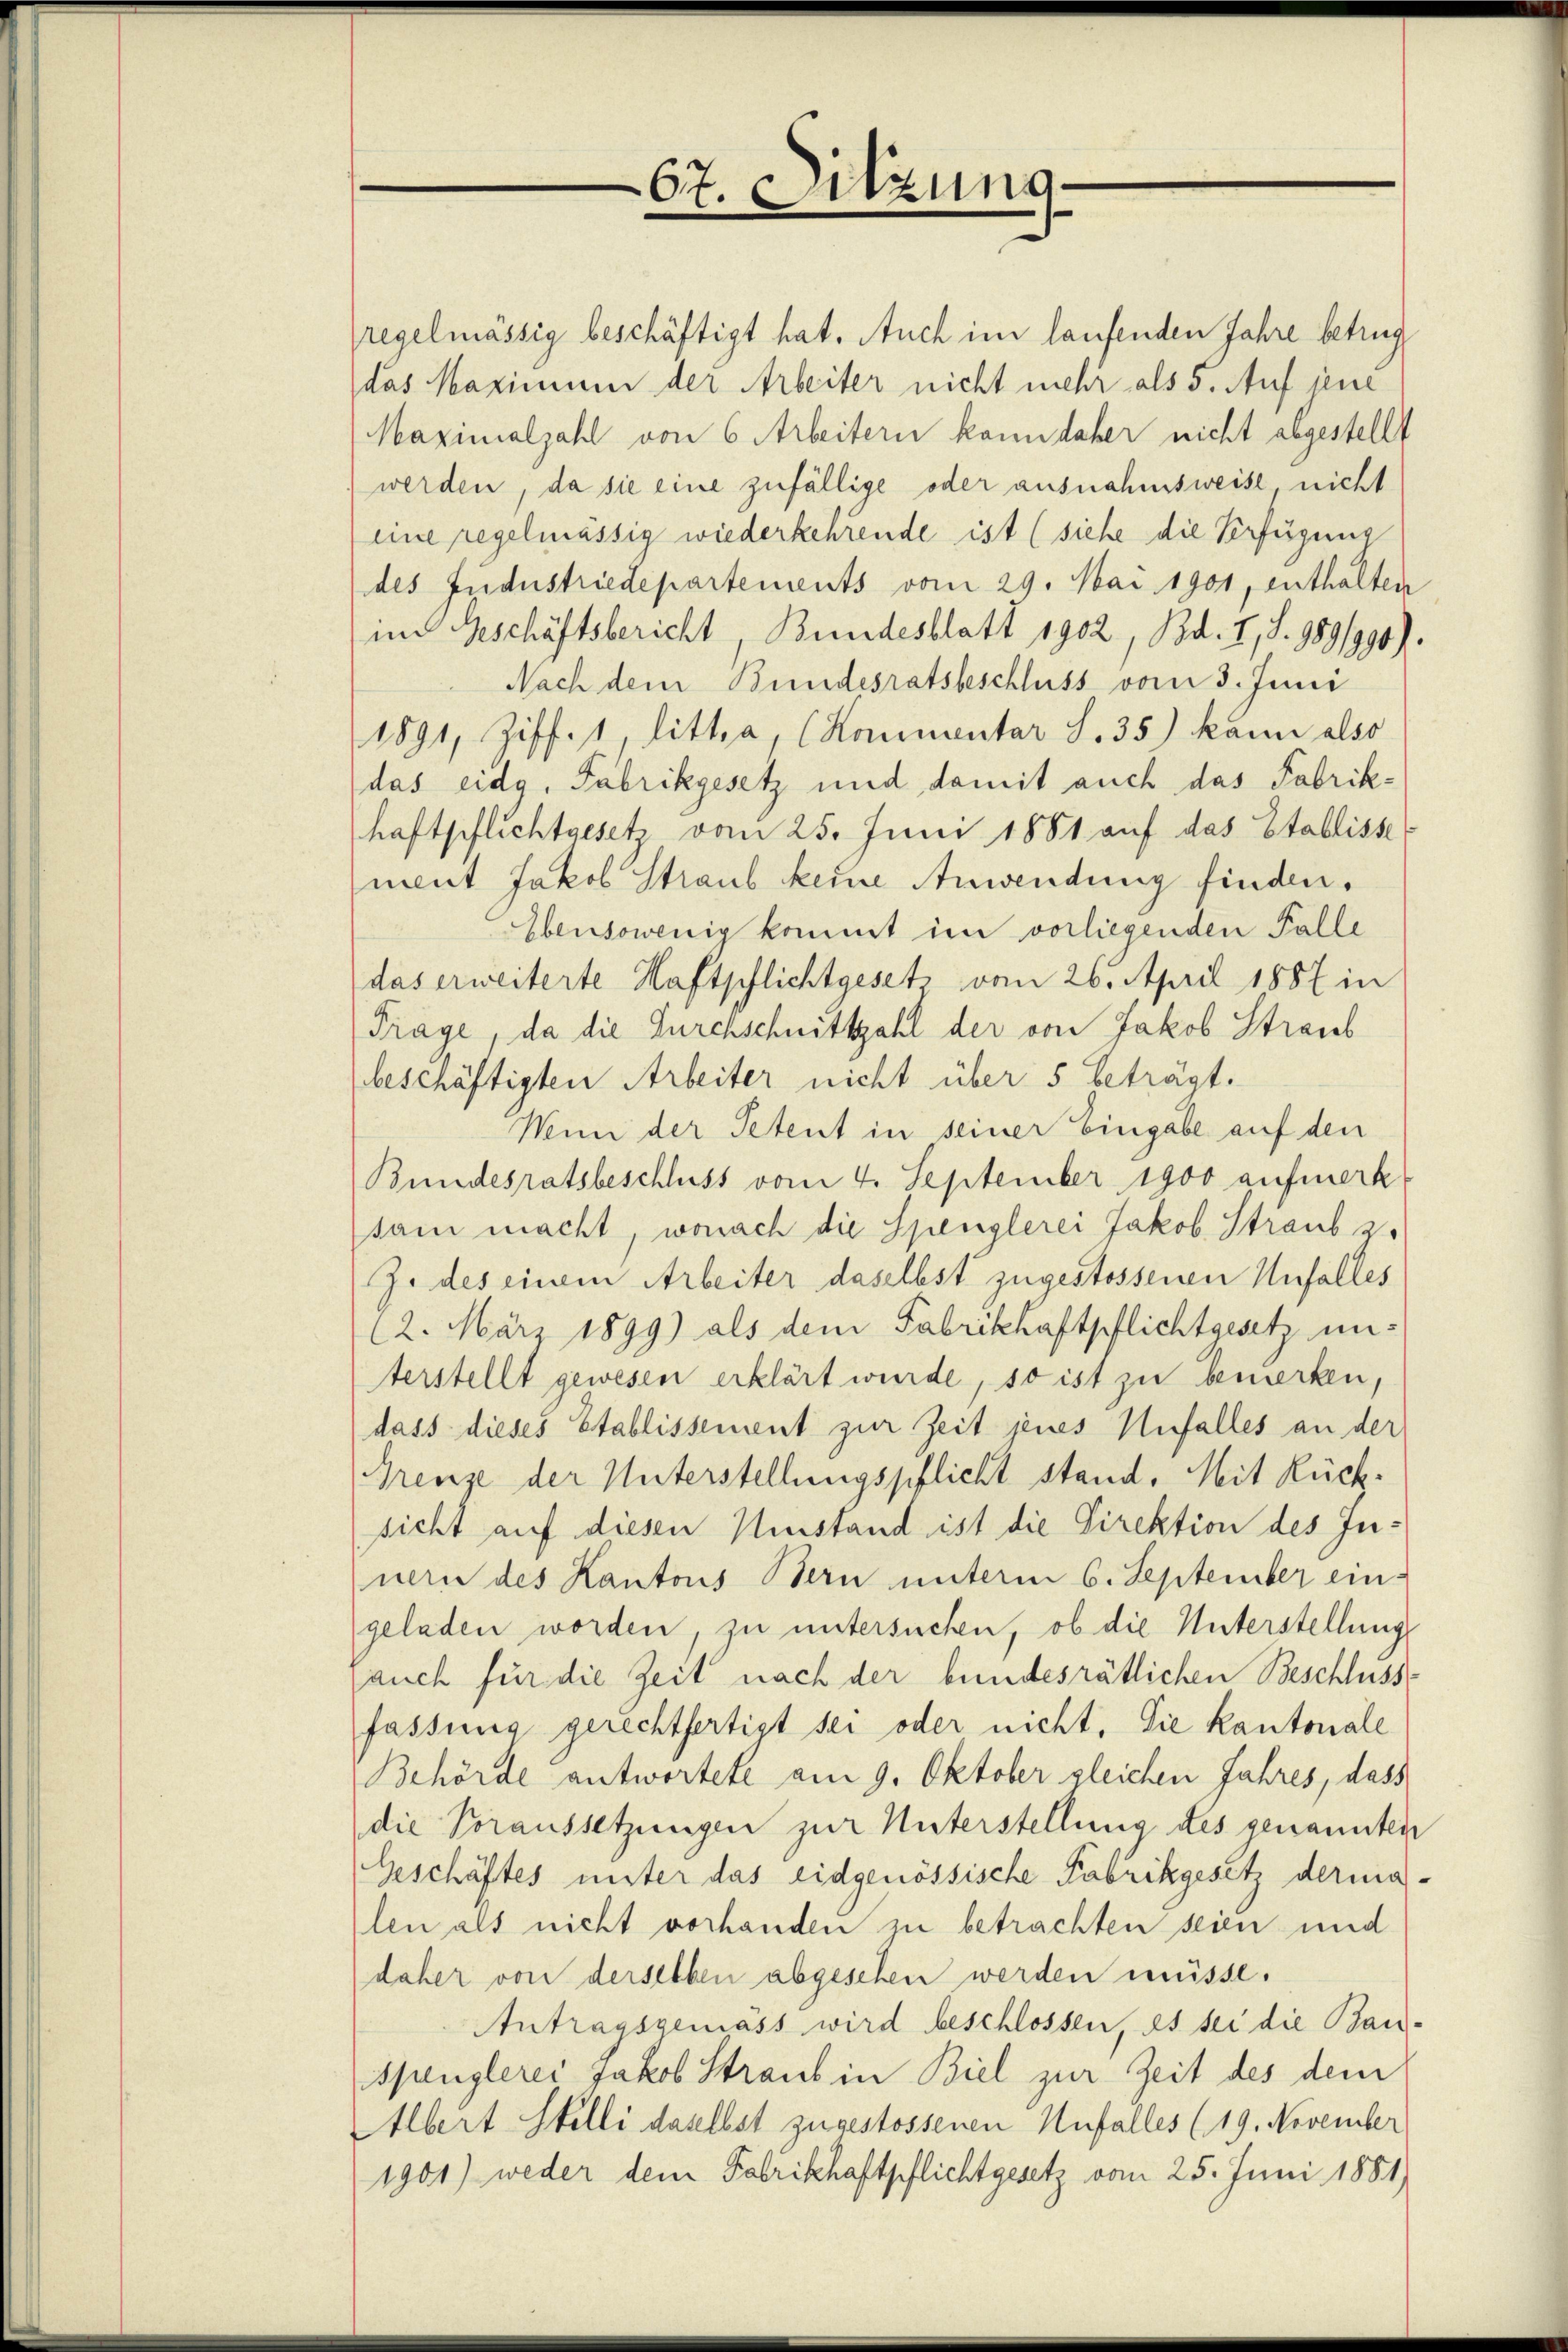
regelmässig beschäftigt hat. Auch im laufenden Jahre betrug
das Maximum der Arbeiter nicht mehr als 5. Auf jene
Maximalzahl von 6 Arbeitern kann daher nicht abgestellt
werden, da sie eine zufällige oder ausnahmsweise, nicht
eine regelmässig wiederkehrende ist (siehe die Verfügung
des Jndustriedepartements vom 29. Mai 1901, enthalten
im Geschäftsbericht, Bundesblatt 1902, Bd. I, S. 1891990).
Nach dem Bundesratsbeschluss vom 3. Juni
1891, Ziff. 1, litt. a, (Kommentar S. 35) kann also
das eidg. Fabrikgesetz und damit auch das Fabrikhaftpflichtgesetz vom 25. Juni 1881 auf das Etablisse
ment Jakob Straub keine Anwendung finden.
Ebensowenig kommt im vorliegenden Falle
das erweiterte Haftpflichtgesetz vom 26. April 1887 in
Frage, da die Durchschnittzahl der von Jakob Straub
beschäftigten Arbeiter nicht über 5 beträgt.
Wun der Petent in seiner Eingabe auf den
Bundesratsbeschluss vom 4. September 1900 aufmerk
sam macht, wonach die Spenglerei Jakob Straub z
J. des einem Arbeiter daselbst zugestossenen Unfalles
(2. März 1899) als dem Fabrikhaftpflichtgesetz unterstellt gewesen erklärt wurde, so ist zu bemerken,
dass dieses Etablissement zur Zeit jenes Unfalles an der
Grenze der Unterstellungspflicht stand. Mit Rücksicht auf diesen Umstand ist die Direktion des In-
nern des Kantons Bern unterm 6. September ein-
geladen worden, zu untersuchen, ob die Unterstellung
auch für die Zeit nach der bundesrätlichen Beschluss-
fassung gerechtfertigt sei oder nicht. Die Kantonale
Behörde antwortete am 9. Oktober gleichen Jahres, dass
die Voraussetzungen zur Unterstellung des genannten
Geschäftes unter das eidgenössische Fabrikgesetz derma
len als nicht vorhanden zu betrachten seien und
daher von derselben abgesehen werden müsse.
Antragsgemäss wird beschlossen, es sei die Bau-
Spenglerei Jakob Straub in Biel zur Zeit des dem
Albert Stelli daselbst zugestossenen Unfalles (19. November
1901) weder dem Fabrikhaftpflichtgesetz vom 25. Juni 1881)

67. Sitzung.